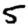
Digit: 5